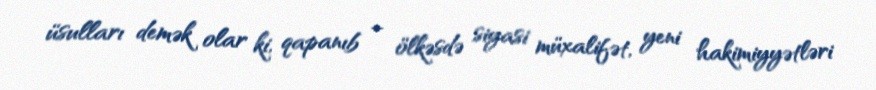
üsulları demək olar ki, qapanıb – ölkəsdə siyasi müxalifət, yeni hakimiyyətləri